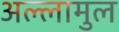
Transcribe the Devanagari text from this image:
अल्लामुल